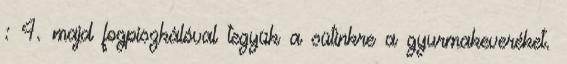
: 4. majd fogpiszkálóval tegyük a sütinkre a gyurmakeveréket.